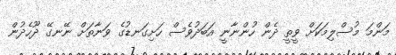
މަންމަ މުސްލިމަކަށް ވީތީ ދެން ހުންނާނީ އަބަދުވެސް ހަށިގަނޑުގެ ވަނާތަށް ނޭނގޭ ދޫހެދުން